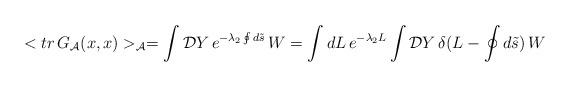
LaTeX: \begin{align*}<tr\,G_{\cal A}(x,x)>_{\cal A}=\int{\mathcal{D}Y}\,e^{-{\lambda_2}\oint{d}\tilde{s}}\,W=\int dL\,e^{-\lambda_2L}\int{\mathcal{D}Y}\,\delta(L-\oint{d}\tilde{s})\,W\end{align*}